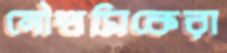
নৌশ্রমিকেরা